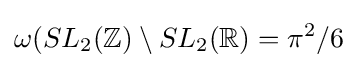
\omega (SL_{2}(\mathbb {Z} )\setminus SL_{2}(\mathbb {R} )=\pi ^{2}/6